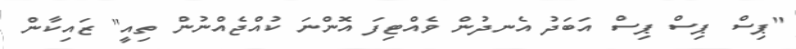
"ޕިސް ޕިސް ޕިސް އަބަދު އެނދުން ވެއްޓިފަ އޮންނަ ކުއްޖެއްނުން ތިއީ" ޒައިކާން